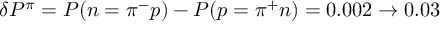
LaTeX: \delta P ^ { \pi } = P ( n = \pi ^ { - } p ) - P ( p = \pi ^ { + } n ) = 0 . 0 0 2 \to 0 . 0 3